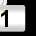
Digit: 1